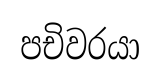
පචිවරයා